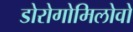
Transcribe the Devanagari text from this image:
डोरोगोमिलोवो